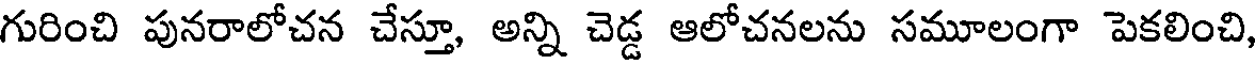
గురించి పునరాలోచన చేస్తూ, అన్ని చెడ్డ ఆలోచనలను సమూలంగా పెకలించి,